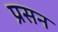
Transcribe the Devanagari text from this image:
प्रसन